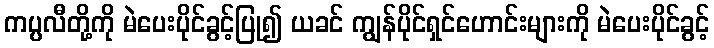
ကပ္ပလီတို့ကို မဲပေးပိုင်ခွင့်ပြု၍ ယခင် ကျွန်ပိုင်ရှင်ဟောင်းများကို မဲပေးပိုင်ခွင့်